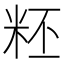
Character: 𥹂